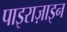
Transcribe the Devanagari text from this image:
पाइराज़ाइन